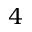
4